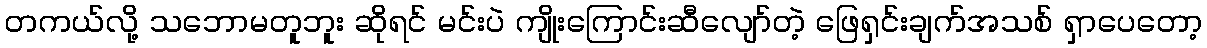
တကယ်လို့ သဘောမတူဘူး ဆိုရင် မင်းပဲ ကျိုးကြောင်းဆီလျော်တဲ့ ဖြေရှင်းချက်အသစ် ရှာပေတော့